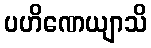
ပဟိဏေယျာသိ